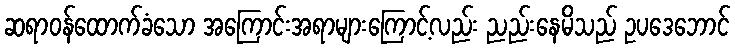
ဆရာဝန်ထောက်ခံသော အကြောင်းအရာများကြောင့်လည်း ညည်းနေမိသည် ဥပဒေဘောင်